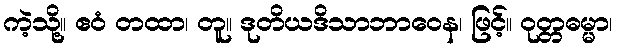
ကဲ့သို့။ ဧဝံ တထာ၊ တူ။ ဒုတိယဒိသာဘာဝေန၊ ဖြင့်။ ဝုတ္တဓမ္မာ၊